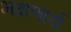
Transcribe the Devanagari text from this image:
भक्षणार्थ